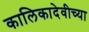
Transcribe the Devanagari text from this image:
कालिकादेवीच्या